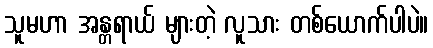
သူမဟာ အန္တရာယ် များတဲ့ လူသား တစ်ယောက်ပါပဲ။